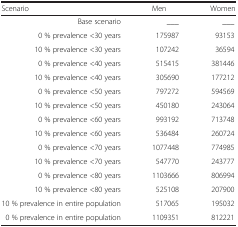
<table><thead><tr><td><b>Scenario</b></td><td><b>Men</b></td><td><b>Women</b></td></tr></thead><tbody><tr><td>Base scenario</td><td>___</td><td>___</td></tr><tr><td>0 % prevalence &lt;30 years</td><td>175987</td><td>93153</td></tr><tr><td>10 % prevalence &lt;30 years</td><td>107242</td><td>36594</td></tr><tr><td>0 % prevalence &lt;40 years</td><td>515415</td><td>381446</td></tr><tr><td>10 % prevalence &lt;40 years</td><td>305690</td><td>177212</td></tr><tr><td>0 % prevalence &lt;50 years</td><td>797272</td><td>594569</td></tr><tr><td>10 % prevalence &lt;50 years</td><td>450180</td><td>243064</td></tr><tr><td>0 % prevalence &lt;60 years</td><td>993192</td><td>713748</td></tr><tr><td>10 % prevalence &lt;60 years</td><td>536484</td><td>260724</td></tr><tr><td>0 % prevalence &lt;70 years</td><td>1077448</td><td>774985</td></tr><tr><td>10 % prevalence &lt;70 years</td><td>547770</td><td>243777</td></tr><tr><td>0 % prevalence &lt;80 years</td><td>1103666</td><td>806994</td></tr><tr><td>10 % prevalence &lt;80 years</td><td>525108</td><td>207900</td></tr><tr><td>10 % prevalence in entire population</td><td>517065</td><td>195032</td></tr><tr><td>0 % prevalence in entire population</td><td>1109351</td><td>812221</td></tr></tbody></table>